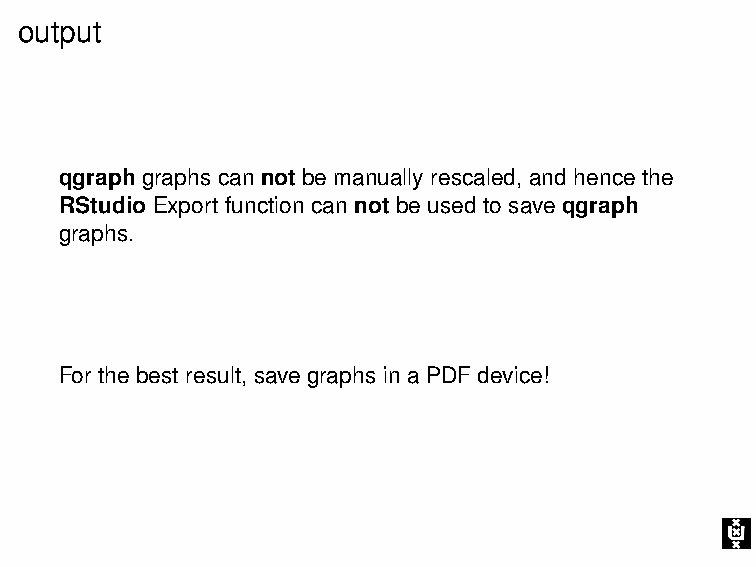
output
 qgraph graphs can not be manually rescaled, and hence the
 RStudio Export function can not be used to save qgraph
 graphs.
 For the best result, save graphs in a PDF device!